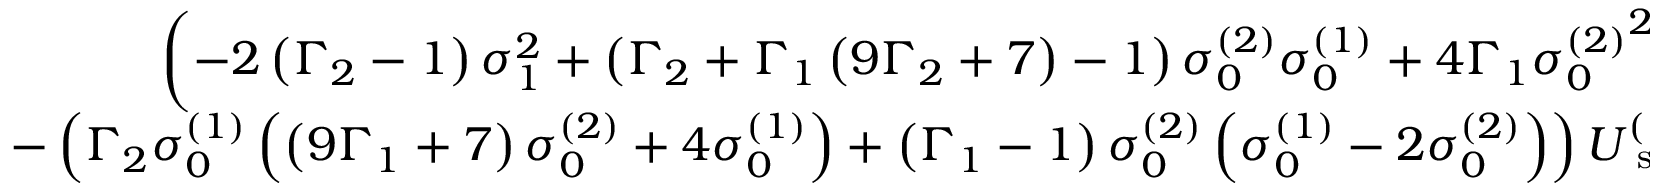
\begin{array} { r } { \left( - 2 \left( \Gamma _ { 2 } - 1 \right) \sigma _ { 1 } ^ { 2 } + \left( \Gamma _ { 2 } + \Gamma _ { 1 } \left( 9 \Gamma _ { 2 } + 7 \right) - 1 \right) \sigma _ { 0 } ^ { ( 2 ) } \sigma _ { 0 } ^ { ( 1 ) } + 4 \Gamma _ { 1 } { \sigma _ { 0 } ^ { ( 2 ) } } ^ { 2 } \right) U _ { \mathrm { ~ s ~ } } ^ { ( 2 ) } } \\ { - \left( \Gamma _ { 2 } \sigma _ { 0 } ^ { ( 1 ) } \left( \left( 9 \Gamma _ { 1 } + 7 \right) \sigma _ { 0 } ^ { ( 2 ) } + 4 \sigma _ { 0 } ^ { ( 1 ) } \right) + \left( \Gamma _ { 1 } - 1 \right) \sigma _ { 0 } ^ { ( 2 ) } \left( \sigma _ { 0 } ^ { ( 1 ) } - 2 \sigma _ { 0 } ^ { ( 2 ) } \right) \right) U _ { \mathrm { ~ s ~ } } ^ { ( 1 ) } < 0 . } \end{array}